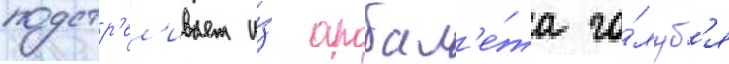
подстр'ел'ивает и́з арбал'е́та го́луб'я